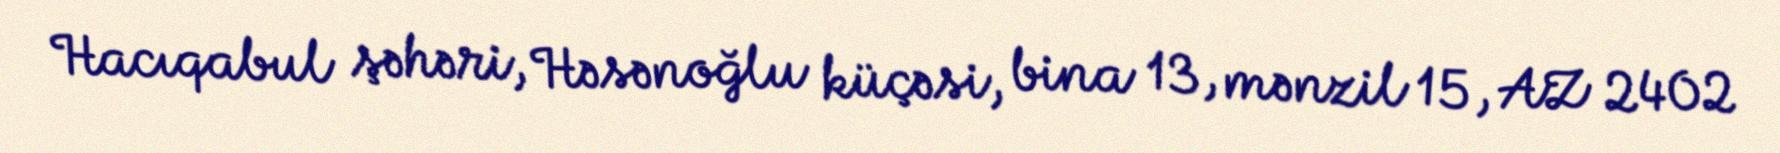
Hacıqabul şəhəri, Həsənoğlu küçəsi, bina 13, mənzil 15, AZ 2402